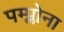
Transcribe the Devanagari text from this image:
पम्प्लोना